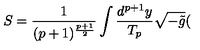
S = \frac 1 { ( p + 1 ) ^ { \frac { p + 1 } 2 } } \int \frac { d ^ { p + 1 } y } { T _ { p } } \sqrt { - \tilde { g } } (